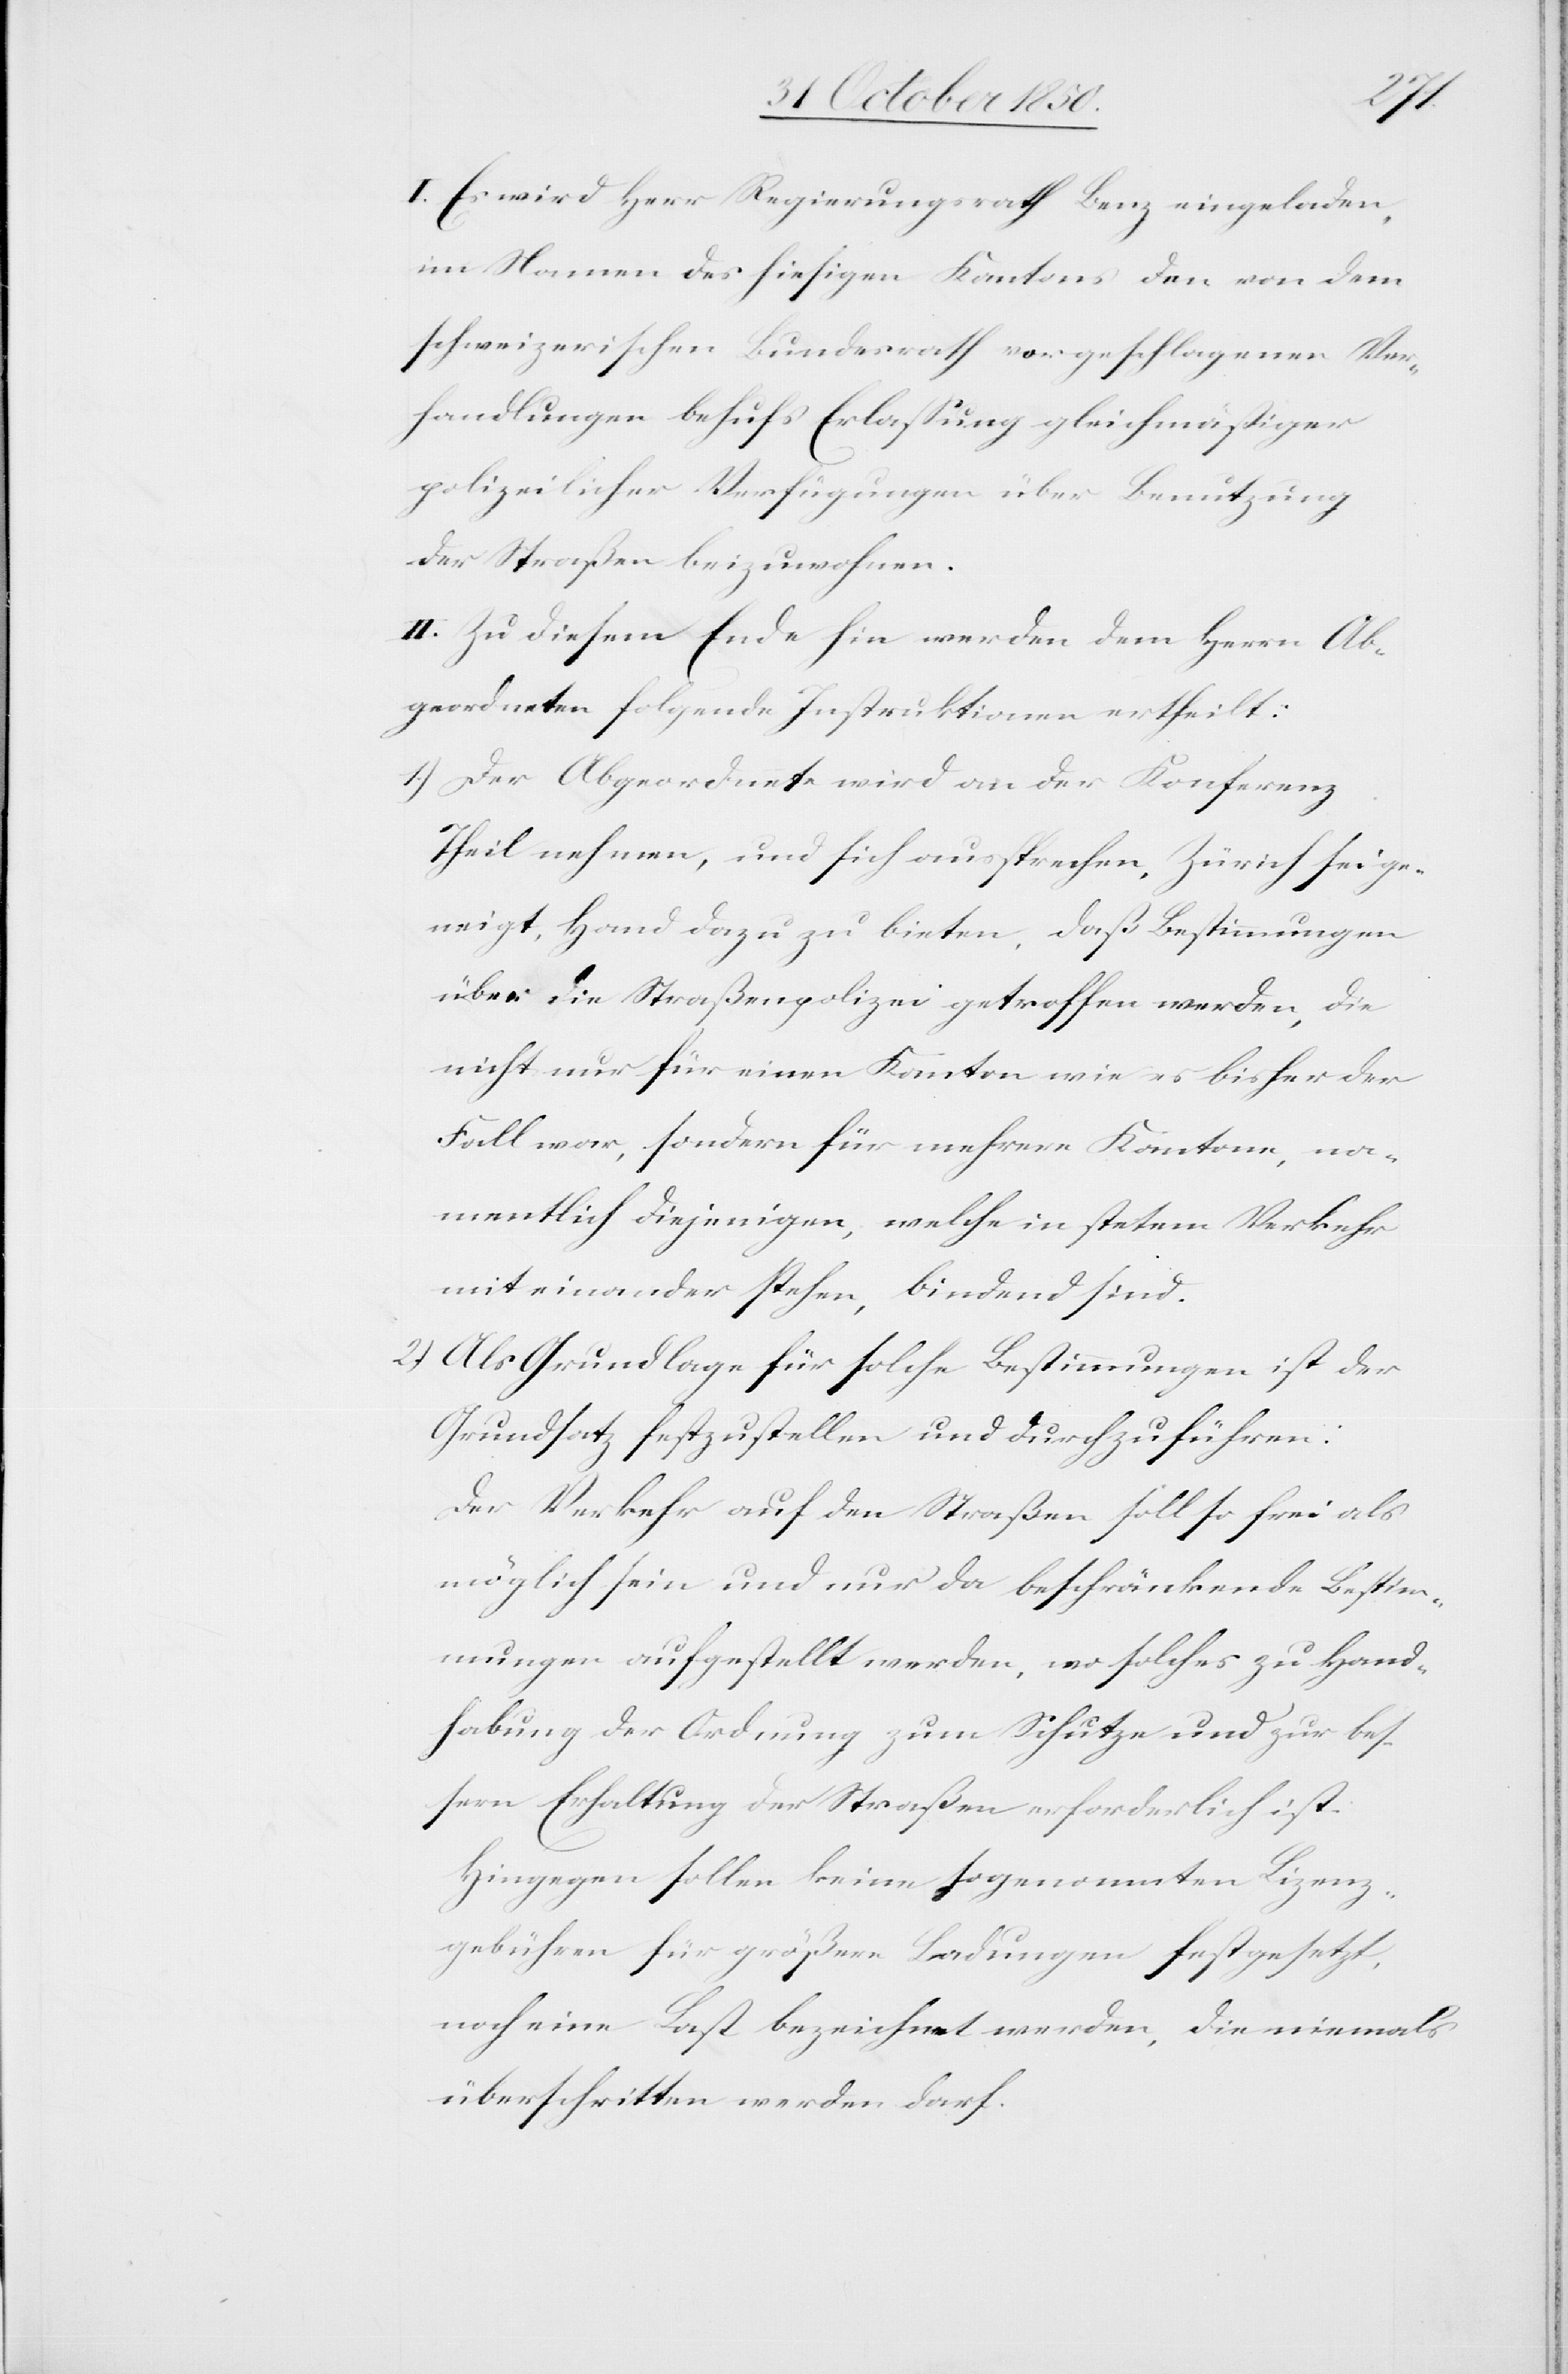
I. Es wird Herr Regierungsrath Benz eingeladen,
im Namen des hiesigen Kantons den von dem
schweizerischen Bundesrath vorgeschlagenen Ver¬
handlungen behufs Erlassung gleichmässiger
polizeilicher Verfügungen über Benutzung
der Straßen beizuwohnen.
II. Zu diesem Ende hin werden dem Herrn Ab¬
geordneten folgende Instruktionen ertheilt:
1.) Der Abgeordnete wird an der Konferenz
Theil nehmen, und sich aussprechen, Zürich sei ge¬
neigt, Hand dazu zu bieten, daß Bestimmungen
über die Straßenpolizei getroffen werden, die
nicht nur für einen Kanton wie es bisher der
Fall war, sondern für mehrere Kantone, na¬
mentlich diejenigen, welche in stetem Verkehr
mit einander stehen, bindend sind.
2.) Als Grundlage für solche Bestimmungen ist der
Grundsatz festzustellen und durchzuführen:
Der Verkehr auf den Straßen soll so frei als
möglich sein und nur da beschränkende Bestim¬
mungen aufgestellt werden, wo solches zu Hand¬
habung der Ordnung zum Schutze und zur bes¬
sern Erhaltung der Straßen erforderlich ist.
Hingegen sollen keine sogenannten Lizenz¬
gebühren für größere Ladungen festgesetzt,
noch eine Last bezeichnet werden, die niemals
überschritten werden darf.